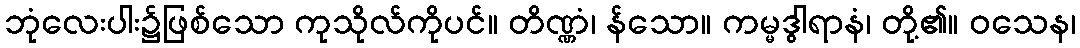
ဘုံလေးပါး၌ဖြစ်သော ကုသိုလ်ကိုပင်။ တိဏ္ဏံ၊ န်သော။ ကမ္မဒွါရာနံ၊ တို့၏။ ဝသေန၊